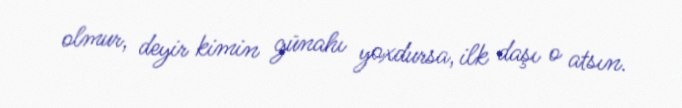
olmur, deyir kimin günahı yoxdursa, ilk daşı o atsın.